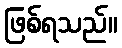
ဖြစ်ရသည်။